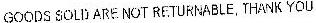
GOODS SOLD ARE NOT RETURNABLE,THANK YOU